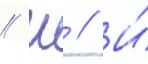
// Ш // И́